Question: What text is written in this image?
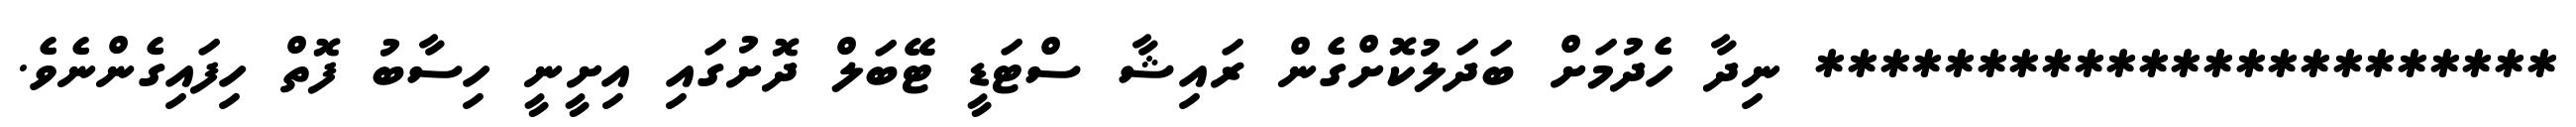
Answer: *********************** ނިދާ ހެދުމަށް ބަދަލުކޮށްގެން ރައިޝާ ސްޓަޑީ ޓޭބަލް ދޮށުގައި އިށީނީ ހިސާބު ފޮތް ހިފައިގެންނެވެ.